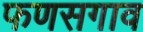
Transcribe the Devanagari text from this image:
फणसगाव